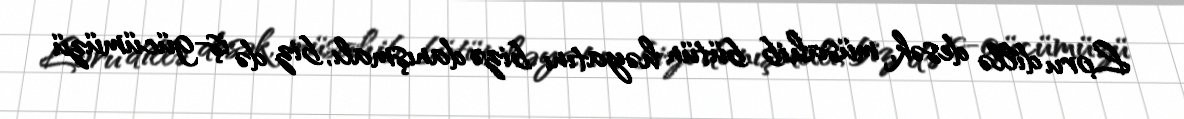
Loru dillə desək, müsahib bütün həyatını bizə danışmalı, biz də iş-gücümüzü